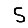
Digit: 5